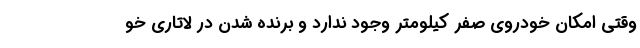
وقتی امکان خودروی صفر کیلومتر وجود ندارد و برنده شدن در لاتاری خو